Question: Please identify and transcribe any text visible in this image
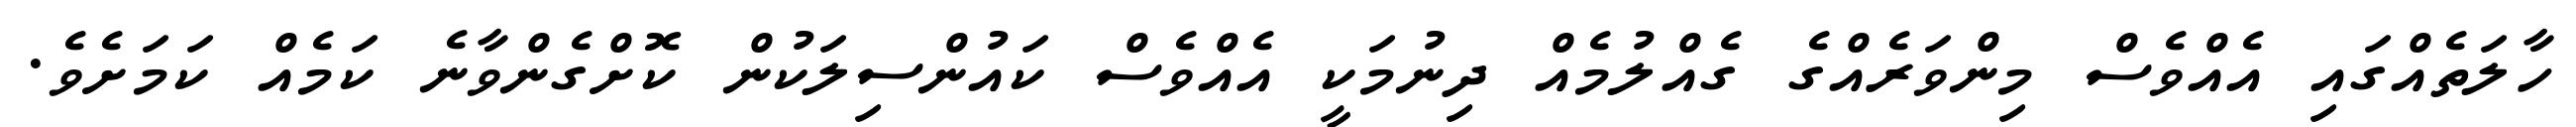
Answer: ހާލަތެއްގައި އެއްވެސް މިންވަރެއްގެ ގެއްލުމެއް ދިނުމަކީ އެއްވެސް ކައުންސިލަކުން ކޮށްގެންވާނެ ކަމެއް ކަމަށެވެ.